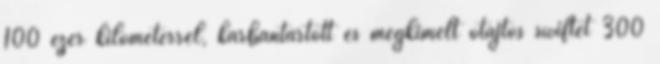
100 ezer kilométerrel, karbantartott és megkímélt ötajtós swiftet 300